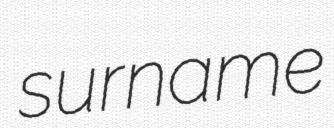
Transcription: surname